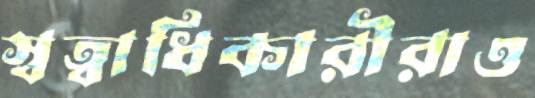
স্বত্বাধিকারীরাও